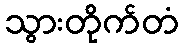
သွားတိုက်တံ